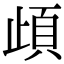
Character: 頉